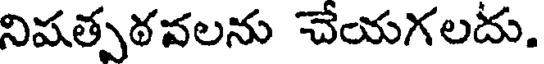
నిషత్పఠవలను చేయగలదు.